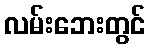
လမ်းဘေးတွင်